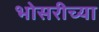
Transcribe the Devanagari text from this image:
भोसरीच्या